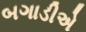
બગાડીએ